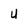
Character: u